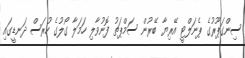
ސިންގަޕޫރުގެ ޕެނަލްޓީ އޭރިޔާ ބޭރުން ސަމްޕަތު ފޮނުވާލި ހަމަލާ ގޯލުގެ ހުރަސް ދަނޑީގައި